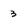
Character: 3